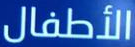
الأطفال